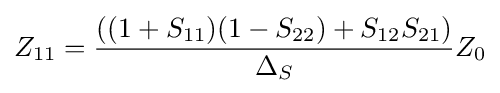
Z_{11}={((1+S_{11})(1-S_{22})+S_{12}S_{21}) \over \Delta _{S}}Z_{0}